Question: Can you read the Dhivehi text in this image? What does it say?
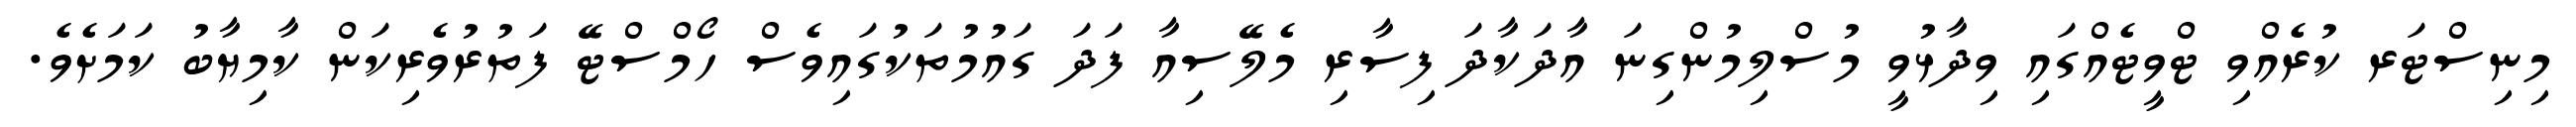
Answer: މިނިސްޓަރ ކުރެއްވި ޓްވީޓެއްގައި ވިދާޅުވީ މުސްލިމުންގިނަ އާދަކާދަ ފިސާރި މެލޭސިއާ ފަދަ ގައުމުތަކުގައިވެސް ހޯމްސްޓޭ ފަތުރުވެރިކަން ކާމިޔާބު ކަމަށެވެ.